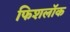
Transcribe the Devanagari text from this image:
फिशलॉक